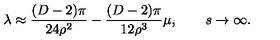
\lambda \approx \frac { ( D - 2 ) \pi } { 2 4 \rho ^ { 2 } } - \frac { ( D - 2 ) \pi } { 1 2 \rho ^ { 3 } } \mu , \qquad s \rightarrow \infty .